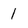
Character: 1